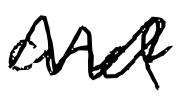
Text: and
Cross-out: zig-zag
Writing tool: digital_black